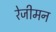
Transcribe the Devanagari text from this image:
रेजीमन